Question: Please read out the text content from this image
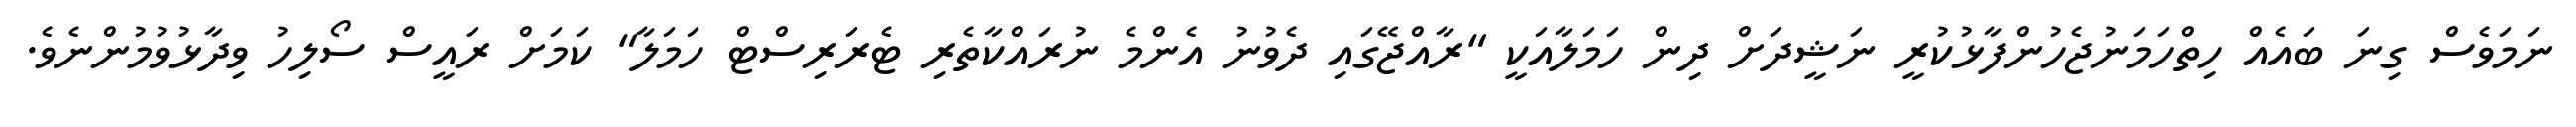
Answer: ނަމަވެސް ގިނަ ބައެއް ހިތްހަމަނުޖެހުންފާޅުކުރީ ނަޝީދަށް ދިން ހަމަލާއަކީ "ރާއްޖޭގައި ދެވުނު އެންމެ ނުރައްކާތެރި ޓެރަރިސްޓް ހަމަލާ" ކަމަށް ރައީސް ސޯލިހު ވިދާޅުވުމުންނެވެ.